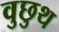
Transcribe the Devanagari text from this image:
वुछुथ